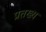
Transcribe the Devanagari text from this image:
प्रतख्य